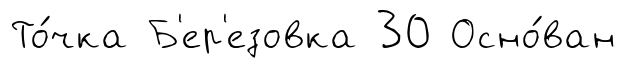
То́чка Б'ер'езовка 30 Осно́ван